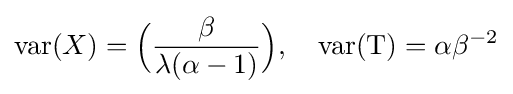
\operatorname {var} (X)={\Big (}{\frac {\beta }{\lambda (\alpha -1)}}{\Big )},\quad \operatorname {var} (\mathrm {T} )=\alpha \beta ^{-2}